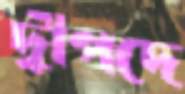
দ্বীপদে